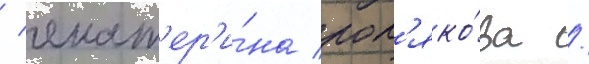
/ екат'ер'и́на пол'яко́ва /